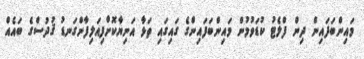
މައިންބަފައިން ދިން ފްލެޓު ކުޑަވުމުން މައިންބަފައިންގެ ގައިގައި ތަޅާ އަނިޔާކޮށްފިއަލިފާންގަނޑު ޤުދުސްގެ ބައެއް